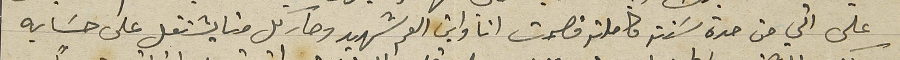
على اني من مدة سَنة كاملة قصمت انا وابن العم شهيد وصار كل منا يشتغل على حسَابه